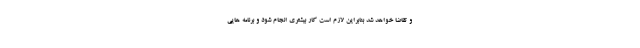
و تقاضا خواهد شد بنابراین لازم است کار بیشتری انجام شود و برنامه هایی